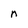
Character: n